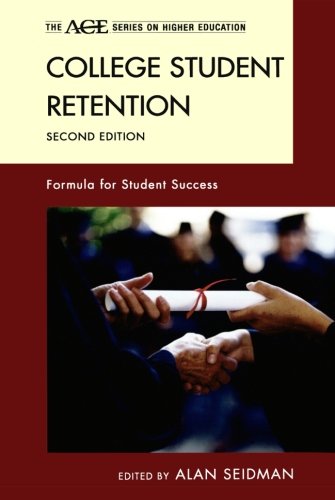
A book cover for College Student Retention: Formula for Student Success (The ACE Series on Higher Education); Education & Teaching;